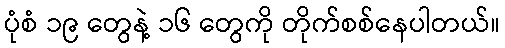
ပုံစံ ၁၉ တွေနဲ့ ၁၆ တွေကို တိုက်စစ်နေပါတယ်။